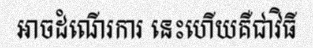
អាចដំណើរការ នេះហើយគឺជាវិធី